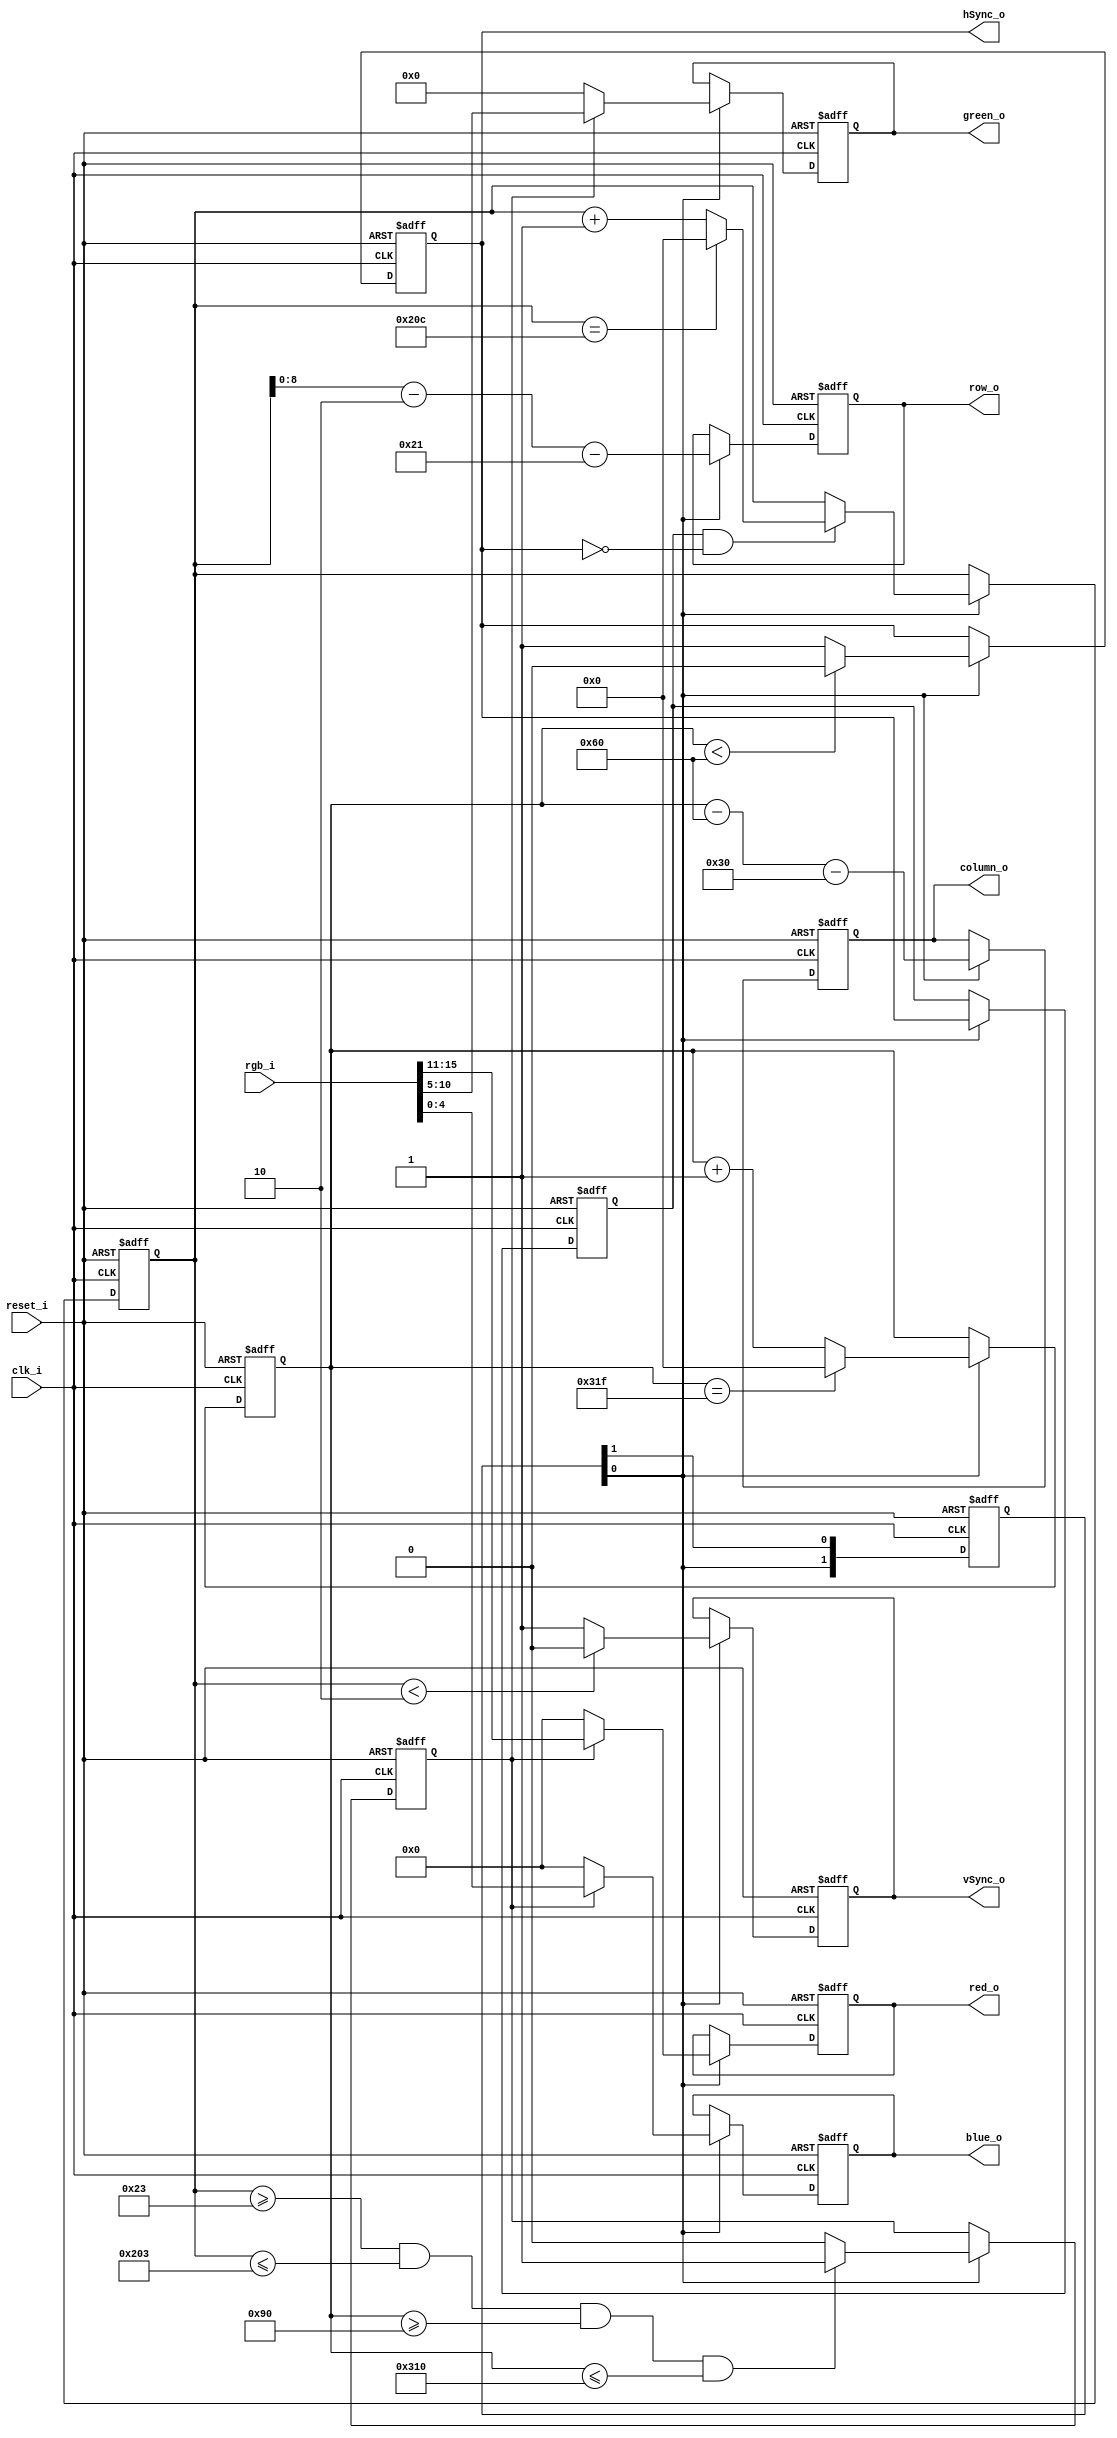
//------------------------------------------------------------------------------
// Universitatea Transilvania din Brasov
// Departamentul de Electronica si Calculatoare
// Proiect     : Laborator HDL
// Modul       : vgaDriver
// Autor       : Dan NICULA (DN)
// Data        : Oct. 1, 2019
//------------------------------------------------------------------------------
// Descriere   : Driver VGA: genereaza hSync, vSync.
//               Culoarea este primta pe baza randului si coloanei.
//               Frecventa de ceas configurabiula
//               5+6+5 biti de culoare
//                  +----------+
//                  | vgaDriver|--> vSync_o
//                  |          |--> hSync_o
//                  |          |
// row_o[8:0]    <--|          |--> red_o[4:0]
// column_o[9:0] <--|          |--> green_o[5:0]
// rgb_i[15:0]   -->|          |--> blue_o[4:0]
//                  |          |
// clk_i         -->|          |
// reset_i       -->|          |
//                  +----------+
//------------------------------------------------------------------------------
// Modificari  :
// Oct. 1, 2019 (DN): Initial 
//------------------------------------------------------------------------------

`define hTfp_c	 10'd16		// Horizontal front porch (pixels)
`define hTpw_c	 10'd96 	// Horizontal pulse width time
`define hTbp_c	 10'd48		// Horizontal back porch
`define hTs_c	   10'd800	// Horizontal sync pulse time 

`define vTfp_c	 10'd10		// Vertical front porch (lines)
`define vTpw_c	 10'd2		// Vertical pulse width time
`define vTbp_c	 10'd33		// Vertical back porch
`define vTs_c	   10'd525	// Vertical lines

module vgaDriver (
input		    	      clk_i,		// clock input, 50MHz
input		    	      reset_i,	// reset active high
input      [15:0]	  rgb_i,		// pixel colour input (R[4:0], G[5:0], B[4:0])
output reg [8:0]		row_o,		// current row display on screen
output reg [9:0]		column_o,	// current column display on screen
output reg [4:0]    red_o,		// red video output
output reg [5:0]    green_o,	// green video output
output reg [4:0]    blue_o,		// blue video output
output reg  	      hSync_o,	// Horizontal sync video output
output reg  	      vSync_o		// vertical sync video output
);

parameter  CLOCK_DIV = 2;   // clock divider ratio (for 25MHz output)
                            // = 2 for fck=50MHz
                            // = 5 for fck=125MHz
reg [CLOCK_DIV-1:0]		clockEnable;	    // clock enable (25MHz period)
reg[9:0]	            hCounter;		      // horizontal counter
reg[9:0]	            vCounter;		      // vertical counter
reg		                hSyncR1;		      // delayed version of hSync_o
reg		                videoOn;		      // video display On

// frequency divider from system clock frequnecy to 25MHz (enable signal for the rest of the module)
always @(posedge clk_i or posedge reset_i)
if (reset_i)    clockEnable <= {{(CLOCK_DIV-1){1'b0}}, 1'b1}; else
                clockEnable <= {clockEnable[CLOCK_DIV-2:0], clockEnable[CLOCK_DIV-1]}; 

// horizontal (pixel) counter
always @(posedge clk_i or posedge reset_i)
if (reset_i)		hCounter <= 'b0; else
if (clockEnable[0])
	if (hCounter == (`hTs_c-1))
                hCounter <= 'b0; else
                hCounter <=  hCounter  + 1; 

// veritical (lines) counter
always @(posedge clk_i or posedge reset_i)
if (reset_i)		vCounter <= (`vTs_c - 1'b1); else
if (clockEnable[0])
	if (hSyncR1 & (~hSync_o))
		if(vCounter == (`vTs_c - 1))
                vCounter <= 10'b0; else
                vCounter <=  vCounter  + 1; 

// horizontal Sync output
always @(posedge clk_i or posedge reset_i)
if (reset_i)		hSync_o <= 1'b1; else
if (clockEnable[0])
	if (hCounter < `hTpw_c)	
                hSync_o <= 1'b0; else
                hSync_o <= 1'b1;

// delayed version of hSync_o for edge detection
always @(posedge clk_i or posedge reset_i)
if (reset_i)		      hSyncR1 <= 'b1; else
if (clockEnable[0])	  hSyncR1 <= hSync_o;

// vertical Sync output
always @(posedge clk_i or posedge reset_i)
if (reset_i)		vSync_o <= 1'b1; else
if (clockEnable[0])
	if (vCounter < `vTpw_c)
                vSync_o <= 1'b0; else
                vSync_o <= 1'b1;

// RGB outputs (black during video off)
always @(posedge clk_i or posedge reset_i)
if (reset_i)		{red_o, green_o, blue_o} <= 16'b0; else
if (clockEnable[0])
	if (videoOn)  {red_o, green_o, blue_o} <= rgb_i; else
                {red_o, green_o, blue_o} <= 16'b0;  // black on background

// current row displayed sent to the video client		
always @(posedge clk_i or posedge reset_i)
if (reset_i)		      row_o <= 9'b0; else
if (clockEnable[0])	  row_o <= (vCounter - `vTpw_c - `vTbp_c);

// current column displayed sent to the video client		
always @(posedge clk_i or posedge reset_i)
if (reset_i)		      column_o <= 10'b0; else
if (clockEnable[0])	  column_o <= (hCounter - `hTpw_c - `hTbp_c);

// video On window
always @(posedge clk_i or posedge reset_i)
if (reset_i)		videoOn <= 1'b0; else
if (clockEnable[0])
	if (	(vCounter >= (`vTpw_c + `vTbp_c)) && 
        (vCounter <= (`vTs_c  - `vTfp_c)) && 
        (hCounter >= (`hTpw_c + `hTbp_c)) && 
        (hCounter <= (`hTs_c  - `hTfp_c))) 
                videoOn <= 1'b1; else
                videoOn <= 1'b0;
                
endmodule // vgaDriver